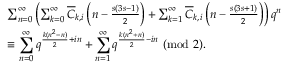
\begin{array} { r l } & { \sum _ { n = 0 } ^ { \infty } \left( \sum _ { k = 0 } ^ { \infty } \overline { { C } } _ { k , i } \left( n - \frac { s ( 3 s - 1 ) } { 2 } \right) + \sum _ { k = 1 } ^ { \infty } \overline { { C } } _ { k , i } \left( n - \frac { s ( 3 s + 1 ) } { 2 } \right) \right) q ^ { n } } \\ & { \equiv \displaystyle \sum _ { n = 0 } ^ { \infty } q ^ { \frac { k ( n ^ { 2 } - n ) } { 2 } + i n } + \displaystyle \sum _ { n = 1 } ^ { \infty } q ^ { \frac { k ( n ^ { 2 } + n ) } { 2 } - i n } \ ( \mathrm { m o d } \ 2 ) . } \end{array}